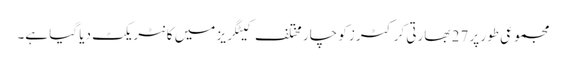
مجموعی طور پر 27 بھارتی کرکٹرز کو چار مختلف کیٹگریز میں کانٹریکٹ دیا گیا ہے۔